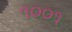
૧૦૦૧